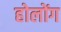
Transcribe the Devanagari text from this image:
होलोंग